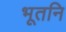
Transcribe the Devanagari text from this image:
भूतनि